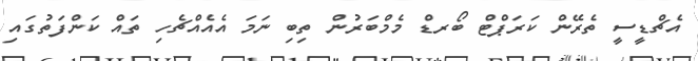
އެޗްޑީސީ ތެރޭން ކަރަޕްޓް ބޯރޑް މެމްބަރުން ތިބި ނަމަ އެއެއްޗެހި ތައް ކަންފަތުގައި